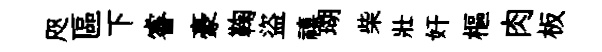
咫區下睿豪鞠盜禧瑚柴壯奸樞肉板